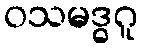
ဝသမဒ္ဓဂူ